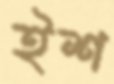
ইশ